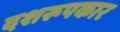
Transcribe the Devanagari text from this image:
दशरूपकार